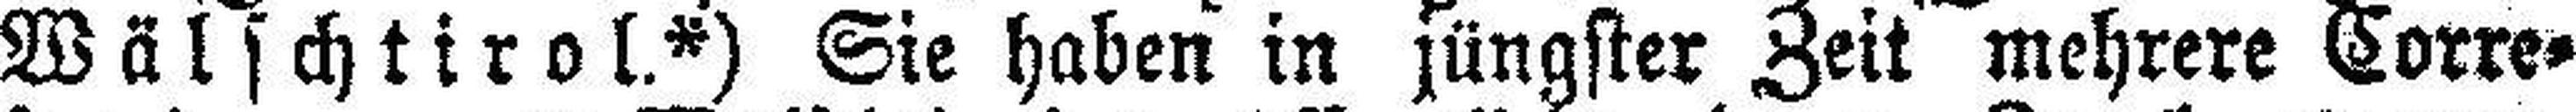
Wälschtirol.*) Sie haben in jüngster Zeit mehrere Corre¬